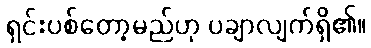
ရှင်းပစ်တော့မည်ဟု ပချာလျက်ရှိ၏။